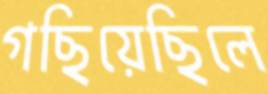
গছিয়েছিলে